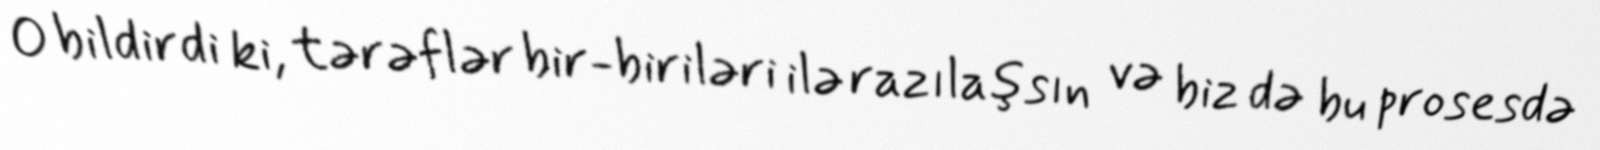
O bildirdi ki, tərəflər bir-biriləri ilə razılaşsın və biz də bu prosesdə